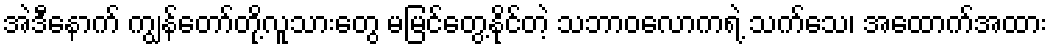
အဲဒီနောက် ကျွန်တော်တို့လူသားတွေ မမြင်တွေ့နိုင်တဲ့ သဘာဝလောကရဲ့ သက်သေ၊ အထောက်အထား